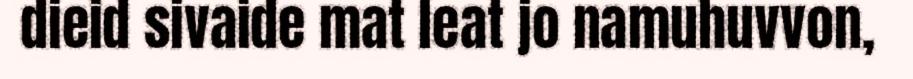
dieid sivaide mat leat jo namuhuvvon,